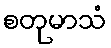
စတုမာသံ